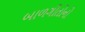
બાળગીતોનો